Lunatic asylums Central Provinces reports 1874-1885 - 1874-1885
Year: 1874
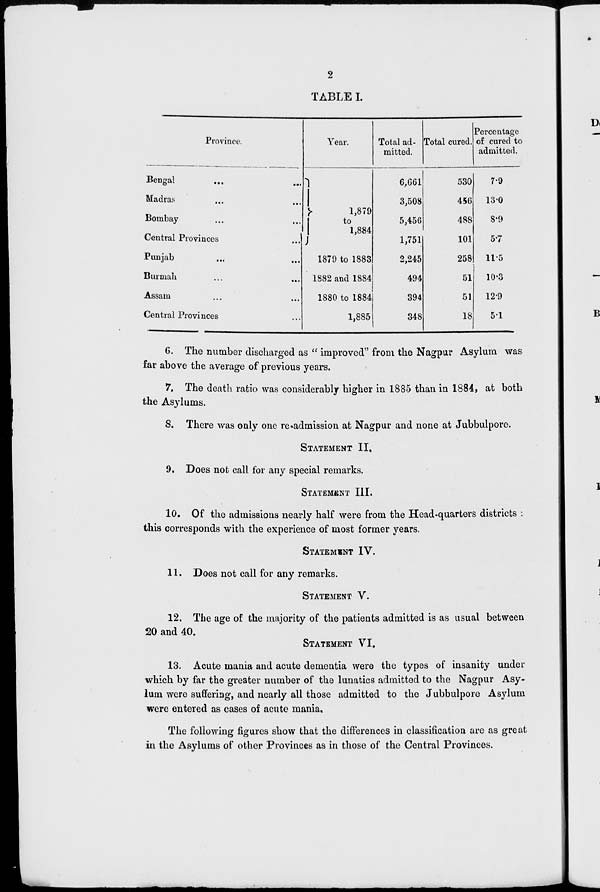
2
TABLE I.
Province.
Bengal ... ...
Madras ... ...
Bombay ... ...
Central Provinces ...
Punjab ... ...
Burmah
...
...
Assam
...
...
Central Provinces ...
Year.
1,879
to
1,884
1879 to 1883
1882 and 1884
1880 to 1884
1,885
Total ad-
mitted.
6,661
3,508
5,456
1,751
2,245
494
394
348
Total cured.
530
456
488
101
258
51
51
18
Percentage
of cured to
admitted.
7.9
13.0
8.9
5.7
11.5
10.3
12.9
5.1
6. The number discharged as " improved" from the Nagpur Asylum was
far above the average of previous years.
7. The death ratio was considerably higher in 1885 than in 1884, at both
the Asylums.
8. There was only one re-admission at Nagpur and none at Jubbulpore.
STATEMENT II.
9. Does not call for any special remarks.
STATEMENT III.
10. Of the admissions nearly half were from the Head-quarters districts :
this corresponds with the experience of most former years.
STATEMENT IV.
11. Does not call for any remarks.
STATEMENT V.
12. The age of the majority of the patients admitted is as usual between
20 and 40.
STATEMENT VI.
13. Acute mania and acute dementia were the types of insanity under
which by far the greater number of the lunatics admitted to the Nagpur Asy-
lum were suffering, and nearly all those admitted to the Jubbulpore Asylum
were entered as cases of acute mania.
The following figures show that the differences in classification are as great
in the Asylums of other Provinces as in those of the Central Provinces.